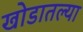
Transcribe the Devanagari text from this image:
खोडातल्या